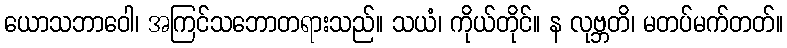
ယောသဘာဝေါ၊ အကြင်သဘောတရားသည်။ သယံ၊ ကိုယ်တိုင်။ န လုဗ္ဘတိ၊ မတပ်မက်တတ်။